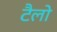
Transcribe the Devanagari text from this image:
टैलो